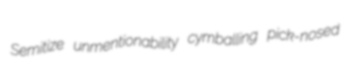
Semitize unmentionability cymballing pick-nosed